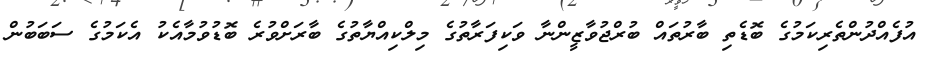
އުފެއްދުންތެރިކަމުގެ ބޮޑެތި ބާރުތައް ބުރްޖުވާޒީންނާ ވަކިފަރާތުގެ މިލްކިއްޔާތުގެ ބާރަށްވުރެ ބޮޑުވުމާއެކު އެކަމުގެ ސަބަބުން